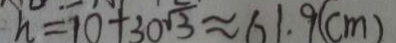
h = 1 0 + 3 0 \sqrt { 3 } \approx 6 1 . 9 ( c m )